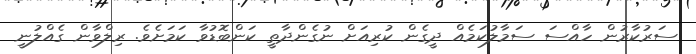
ސަރުކާރުން ހާއްސަ ސަމާލުކަމެއް ދީގެން ކުރިއަށް ނުގެންދާތީ ކަންބޮޑުވާ ކަމަށެވެ. ރިލްވާން ގެއްލުނީ